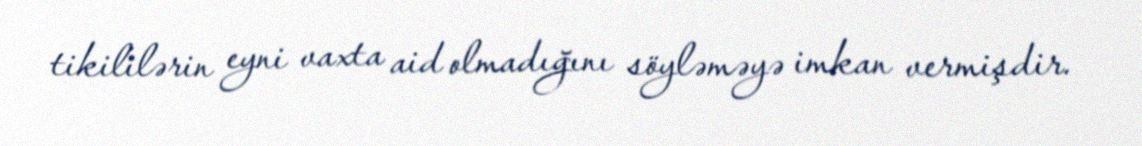
tikililərin eyni vaxta aid olmadığını söyləməyə imkan vermişdir.